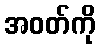
အဝတ်ကို